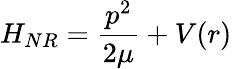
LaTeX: H_{NR}={\frac{p^{2}}{2\mu}}+V(r)